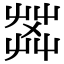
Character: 𦱹